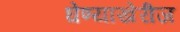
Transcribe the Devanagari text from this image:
घेण्याखेरीज